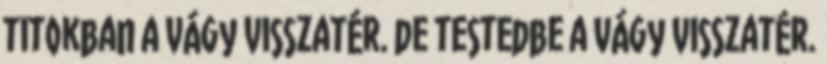
titokban a vágy visszatér. de testedbe a vágy visszatér.